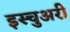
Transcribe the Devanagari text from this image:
इस्चुअरी